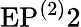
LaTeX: \mathrm{EP}^{(2)}2